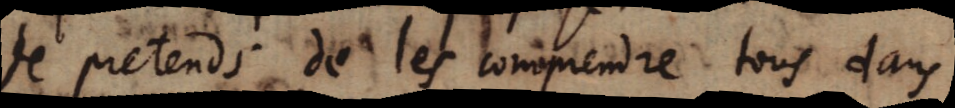
Je pretends de les comprendre tous dans